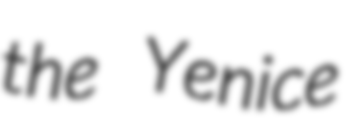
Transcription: the Yenice